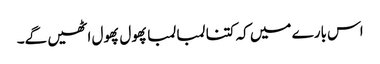
اس بارے میں کہ کتنا لمبا لمبا پھول پھول اٹھیں گے۔